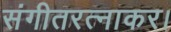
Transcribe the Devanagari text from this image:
संगीतरत्नाकर।